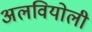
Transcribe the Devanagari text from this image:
अलवियोली